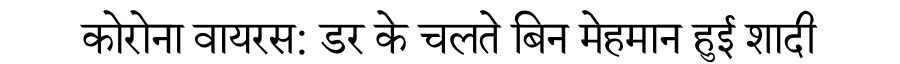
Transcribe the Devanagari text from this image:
कोरोना वायरस: डर के चलते बिन मेहमान हुई शादी